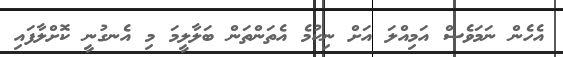
އެހެން ނަމަވެސް އަމިއްލަ އަށް ނިކުމެ އެތަންތަން ބަލާލީމަ މި އެނގުނީ ކޮށްލާފައި